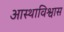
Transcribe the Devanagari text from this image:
आस्थाविश्वास